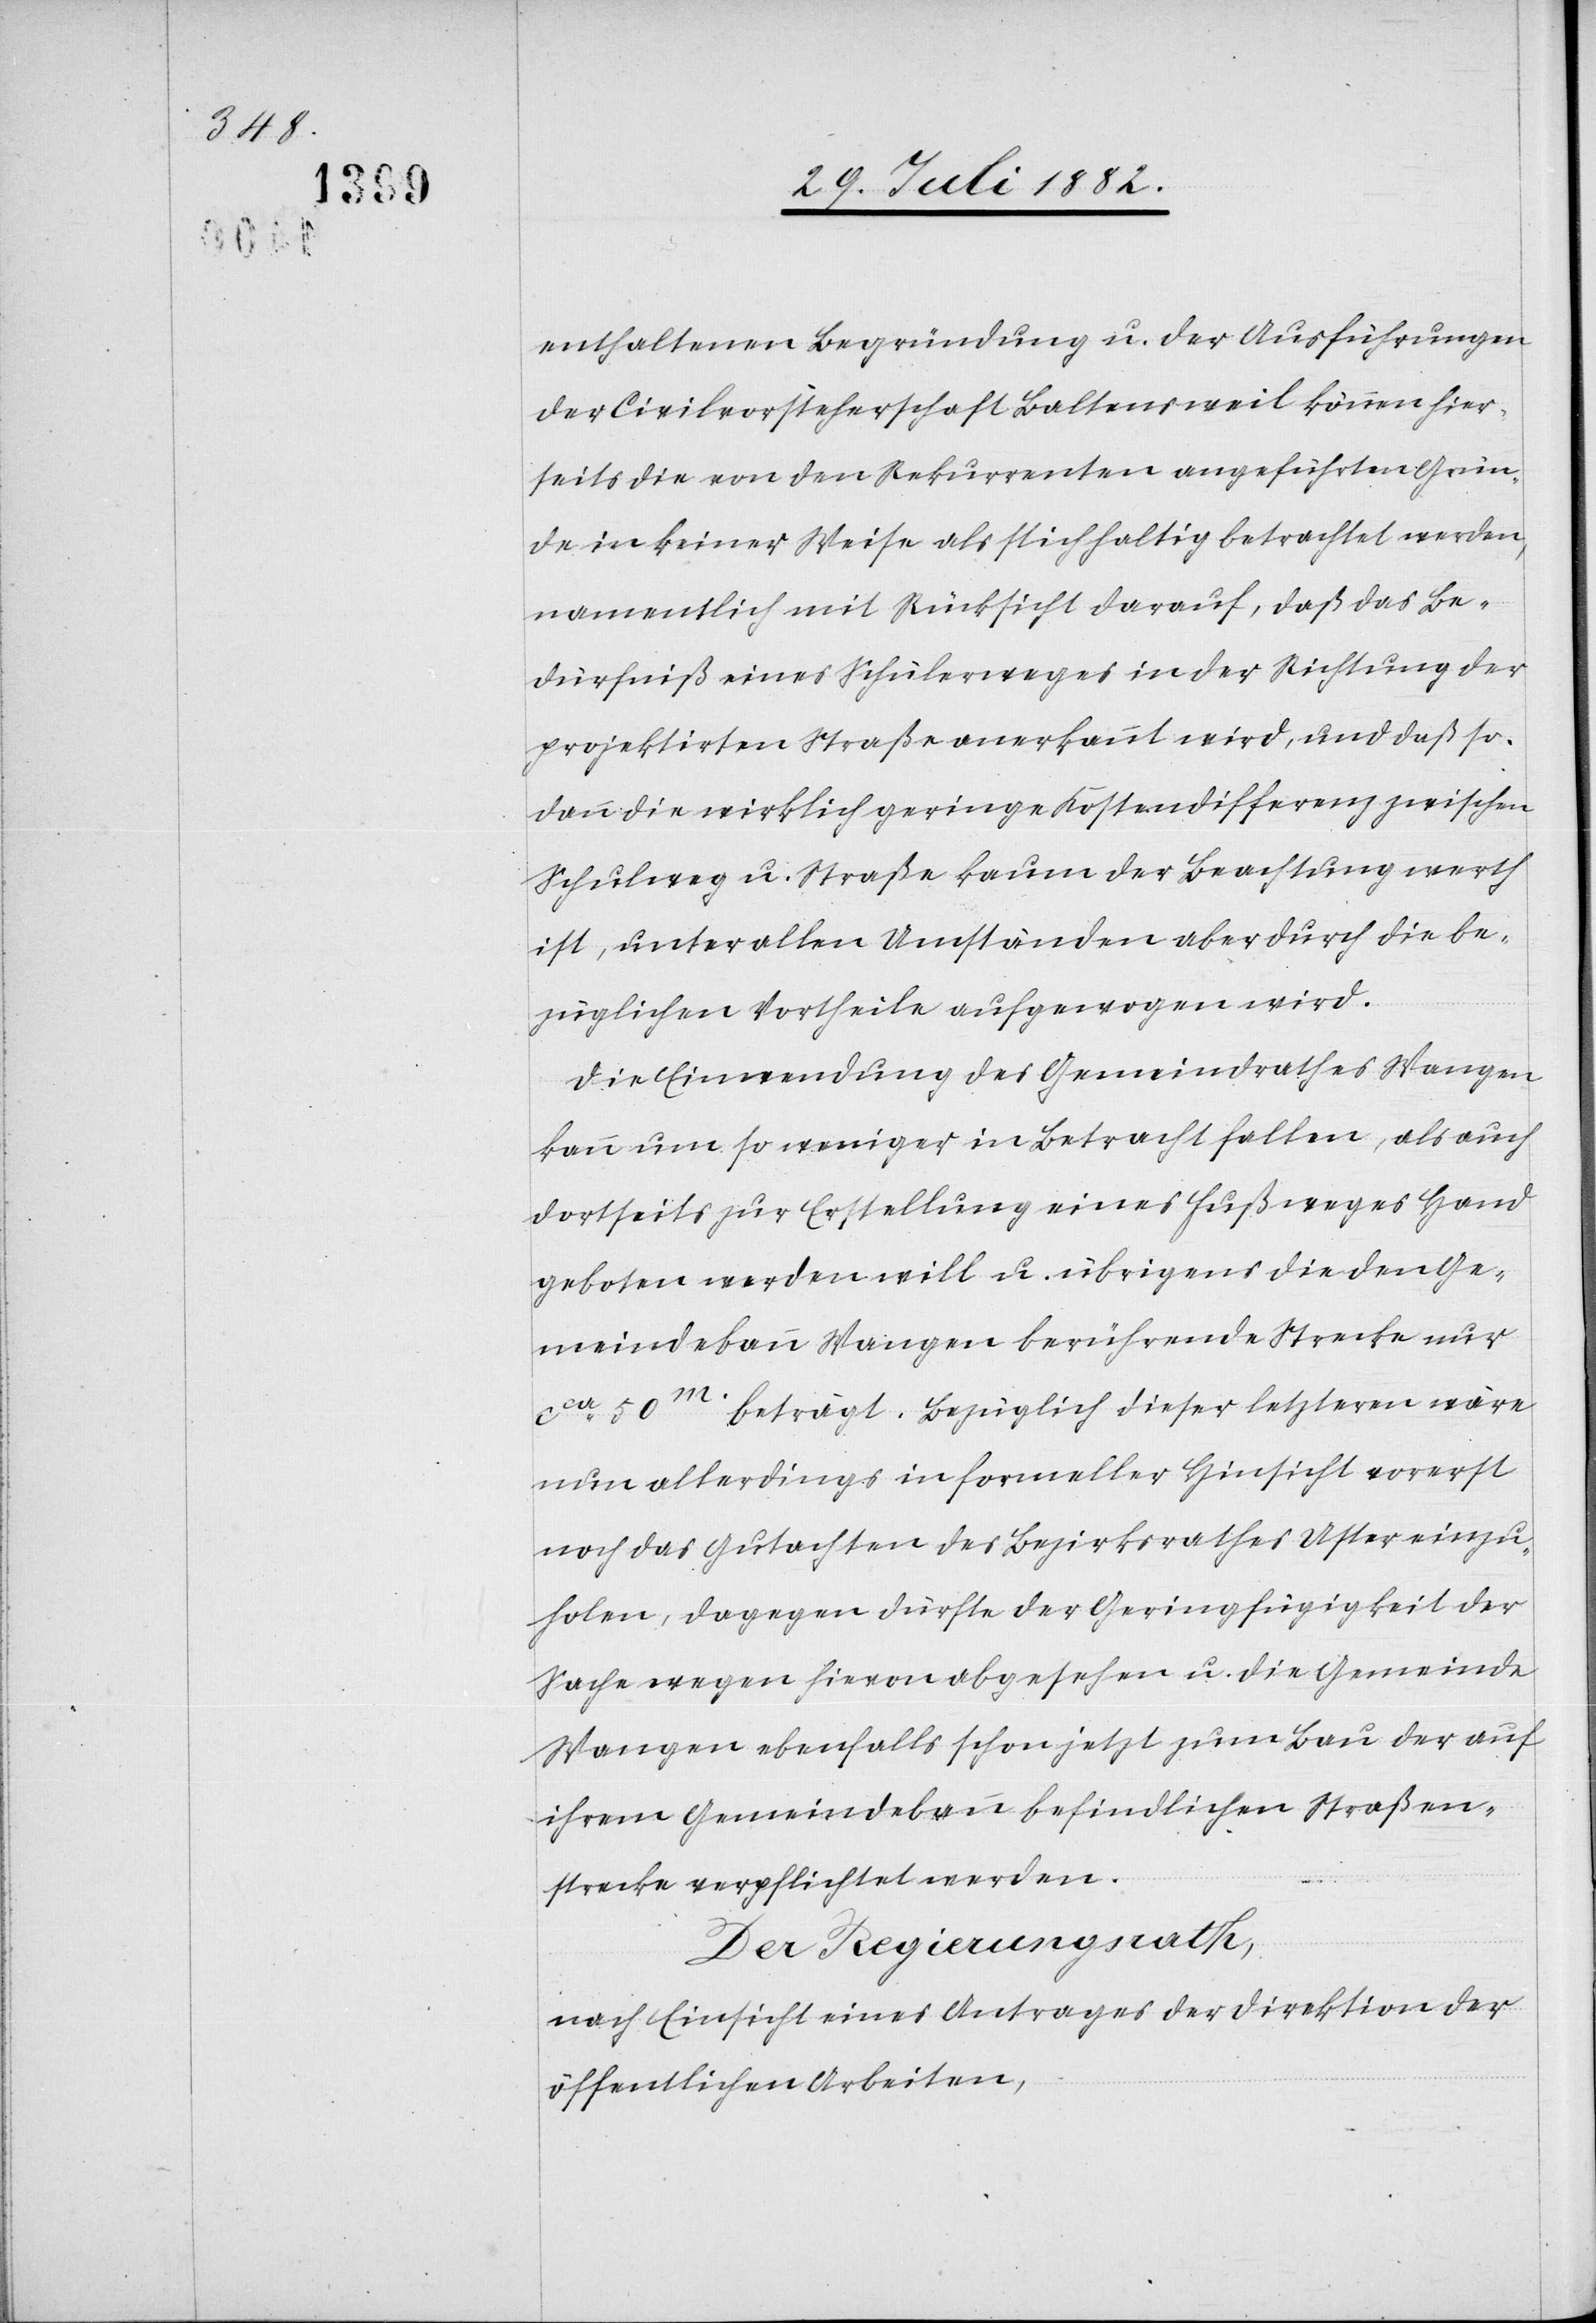
enthaltenen Begründung u. der Ausführungen
der Civilvorsteherschaft Baltensweil können hier¬
seits die von den Rekurrenten angeführten Grün¬
de in keiner Weise als stichhaltig betrachtet werden,
namentlich mit Rücksicht darauf, daß das Be¬
dürfniß eines Schülerweges in der Richtung der
projektirten Straße anerkennt wird, und daß so¬
dann die wirklich geringe Kostendifferenz zwischen
Schulweg u. Straße kaum der Beachtung werth
ist, unter allen Umständen aber durch die be¬
züglichen Vortheil aufgewogen wird.
Die Einwendung des Gemeindrathes Wangen
kann um so weniger in Betracht fallen, als auch
dortseits zur Erstellung eines Fußweges Hand
geboten werden will u. übrigens die den Ge¬
meindebann Wangen berührende Strecke nur
ca 50m beträgt. Bezüglich dieser letzteren wäre
nun allerdings in formeller Hinsicht
noch das Gutachten des Bezirksrathes Uster einzu¬
holen, dagegen dürfte der Geringfügigkeit der
Sache wegen hievon abgesehen u. die Gemeinde
Wangen ebenfalls schon jetzt zum Bau der auf
ihrem Gemeindebann befindlichen Straßen¬
strecke verpflichtet werden.
Der Regierungsrath,
nach Einsicht eines Antrages der Direktion der
öffentlichen Arbeiten,